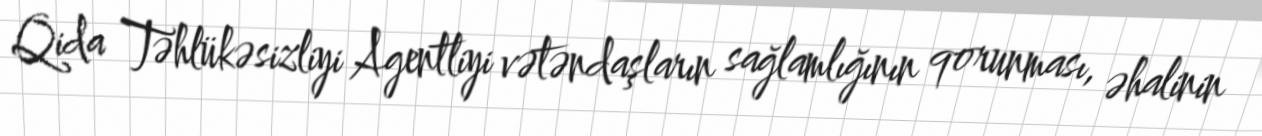
Qida Təhlükəsizliyi Agentliyi vətəndaşların sağlamlığının qorunması, əhalinin